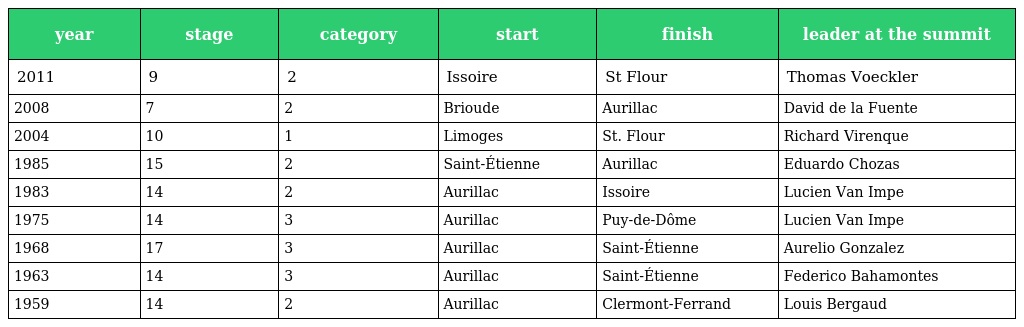
| year | stage | category | start | finish | leader at the summit |
 | --- | --- | --- | --- | --- | --- |
 | 2011 | 9 | 2 | Issoire | St Flour | Thomas Voeckler |
 | 2008 | 7 | 2 | Brioude | Aurillac | David de la Fuente |
 | 2004 | 10 | 1 | Limoges | St. Flour | Richard Virenque |
 | 1985 | 15 | 2 | Saint-Étienne | Aurillac | Eduardo Chozas |
 | 1983 | 14 | 2 | Aurillac | Issoire | Lucien Van Impe |
 | 1975 | 14 | 3 | Aurillac | Puy-de-Dôme | Lucien Van Impe |
 | 1968 | 17 | 3 | Aurillac | Saint-Étienne | Aurelio Gonzalez |
 | 1963 | 14 | 3 | Aurillac | Saint-Étienne | Federico Bahamontes |
 | 1959 | 14 | 2 | Aurillac | Clermont-Ferrand | Louis Bergaud |